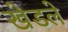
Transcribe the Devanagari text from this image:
खेडले